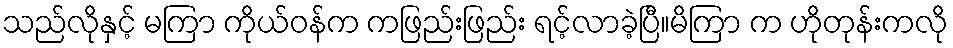
သည်လိုနှင့် မကြာ ကိုယ်ဝန်က ကဖြည်းဖြည်း ရင့်လာခဲ့ပြီ။မိကြာ က ဟိုတုန်းကလို